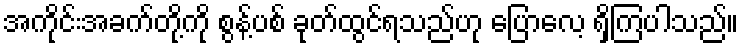
အကိုင်းအခက်တို့ကို စွန့်ပစ် ခုတ်ထွင်ရသည်ဟု ပြောလေ့ ရှိကြပါသည်။